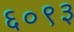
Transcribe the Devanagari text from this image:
६०९३